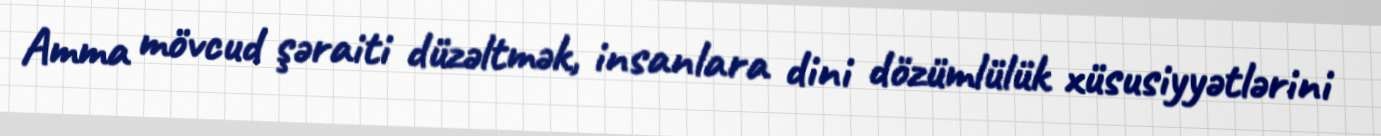
Amma mövcud şəraiti düzəltmək, insanlara dini dözümlülük xüsusiyyətlərini